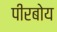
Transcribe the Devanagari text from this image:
पीरबोय